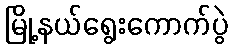
မြို့နယ်ရွေးကောက်ပွဲ